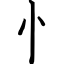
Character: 忄